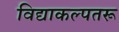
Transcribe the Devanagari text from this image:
विद्याकल्पतरू